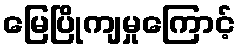
မြေပြိုကျမှုကြောင့်